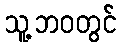
သူ့ဘဝတွင်